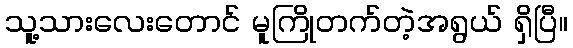
သူ့သားလေးတောင် မူကြိုတက်တဲ့အရွယ် ရှိပြီ။